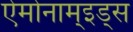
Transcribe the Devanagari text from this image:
ऐमोनाम्‌इड्स